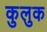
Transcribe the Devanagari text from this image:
कुलुक